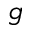
g